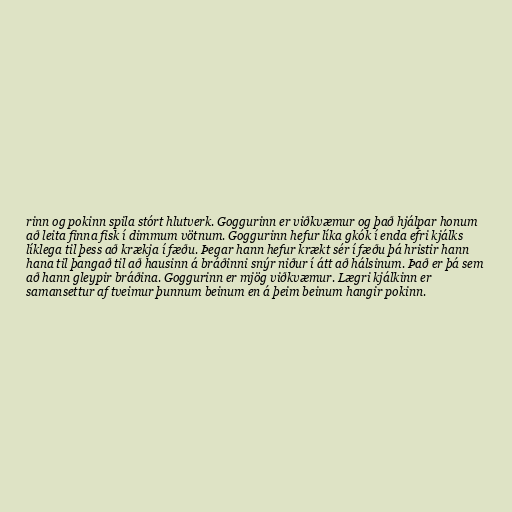
rinn og pokinn spila stórt hlutverk. Goggurinn er viðkvæmur og það hjálpar honum
að leita finna fisk í dimmum vötnum. Goggurinn hefur líka gkók í enda efri kjálks
líklega til þess að krækja í fæðu. Þegar hann hefur krækt sér í fæðu þá hristir hann
hana til þangað til að hausinn á bráðinni snýr niður í átt að hálsinum. Það er þá sem
að hann gleypir bráðina. Goggurinn er mjög viðkvæmur. Lægri kjálkinn er
samansettur af tveimur þunnum beinum en á þeim beinum hangir pokinn.